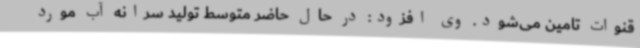
قنوات تامین می‌شود. وی افزود: در حال حاضر متوسط تولید سرانه آب مورد